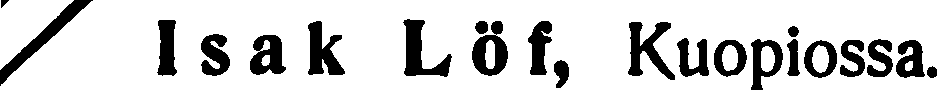
# Isak Löf, Kuopiossa.